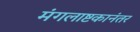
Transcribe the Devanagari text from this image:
मंगलाष्टकानंतर